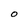
Character: O